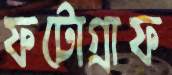
ফটোগ্রাফ